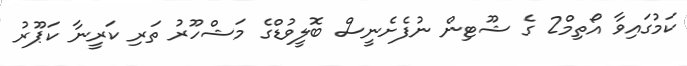
ކަމުގައިވާ އޯތިމް2 ގެ ޝޫޓިން ނުފެށެނީސް ބޮލީވުޑްގެ މަޝްހޫރު ތަރި ކަރީނާ ކަޕޫރު